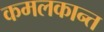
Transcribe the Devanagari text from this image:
कमलकान्त